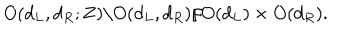
LaTeX: O ( d _ { L } , d _ { R } ; { \bf Z } ) \backslash O ( d _ { L } , d _ { R } ) / O ( d _ { L } ) \times O ( d _ { R } ) .